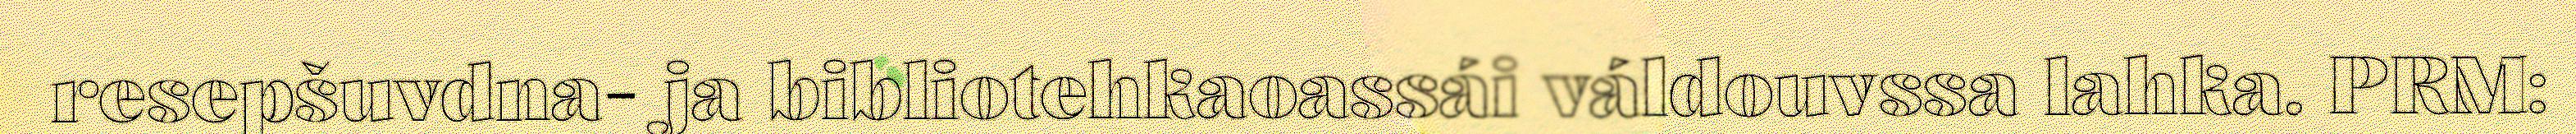
resepšuvdna- ja bibliotehkaoassái váldouvssa lahka. PRM: